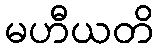
မဟီယတိ